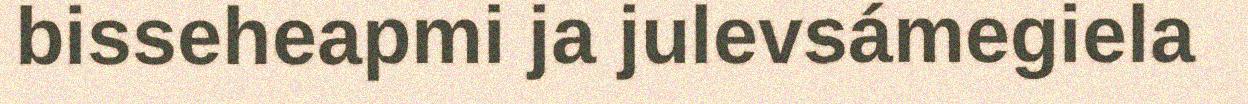
bisseheapmi ja julevsámegiela